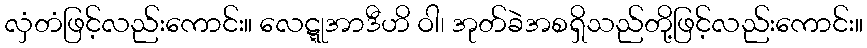
လှံတံဖြင့်လည်းကောင်း။ လေဋ္ဋုအာဒီဟိ ဝါ၊ အုတ်ခဲအစရှိသည်တို့ဖြင့်လည်းကောင်း။